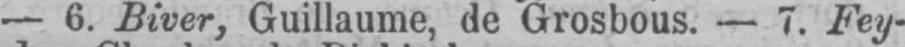
- 6. Biver, Guillaume, de Grosbous. - 7. Fey-